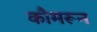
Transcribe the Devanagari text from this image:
कौमरून